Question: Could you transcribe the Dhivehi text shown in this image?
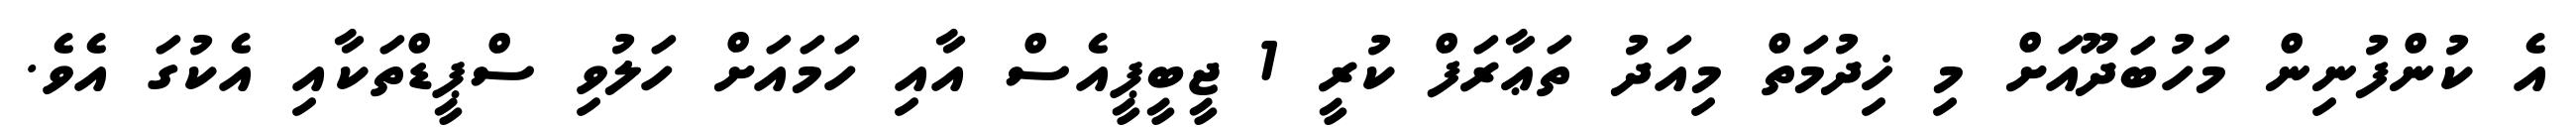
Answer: އެ ކުންފުނިން މަހުބަދޫއަށް މި ޚިދުމަތް މިއަދު ތަޢާރަފް ކުރީ 1 ޖީބީޕީއެސް އާއި ހަމައަށް ހަލުވި ސްޕީޑްތަކާއި އެކުގަ އެވެ.